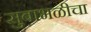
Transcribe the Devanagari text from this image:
सुबाभळीचा